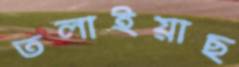
তলাইয়াছ